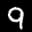
Label: 9